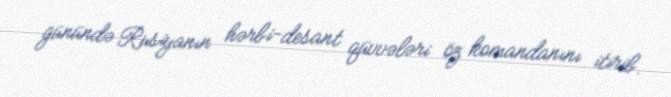
günündə Rusiyanın hərbi-desant qüvvələri öz komandanını itirib.